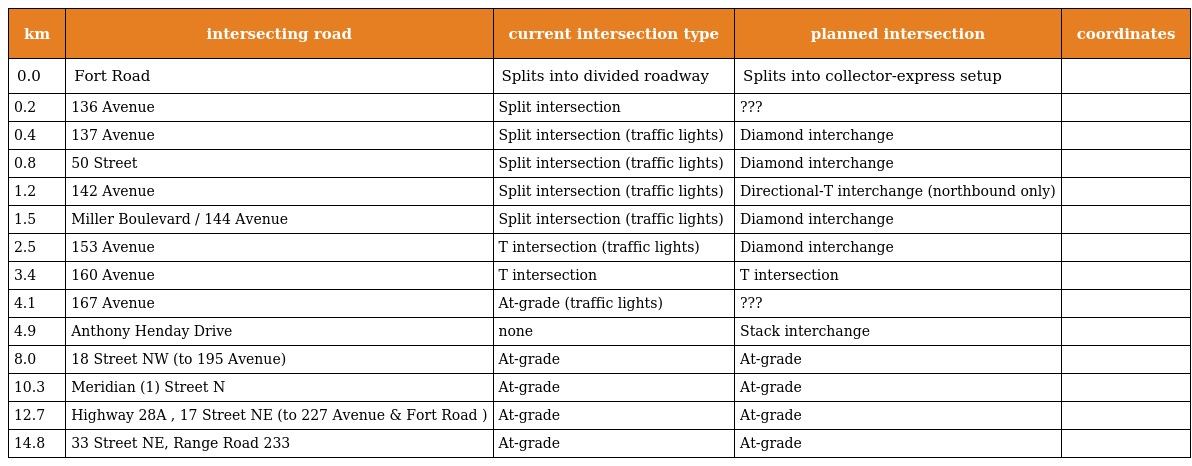
| km | intersecting road | current intersection type | planned intersection | coordinates |
 | --- | --- | --- | --- | --- |
 | 0.0 | Fort Road | Splits into divided roadway | Splits into collector-express setup |  |
 | 0.2 | 136 Avenue | Split intersection | ??? |  |
 | 0.4 | 137 Avenue | Split intersection (traffic lights) | Diamond interchange |  |
 | 0.8 | 50 Street | Split intersection (traffic lights) | Diamond interchange |  |
 | 1.2 | 142 Avenue | Split intersection (traffic lights) | Directional-T interchange (northbound only) |  |
 | 1.5 | Miller Boulevard / 144 Avenue | Split intersection (traffic lights) | Diamond interchange |  |
 | 2.5 | 153 Avenue | T intersection (traffic lights) | Diamond interchange |  |
 | 3.4 | 160 Avenue | T intersection | T intersection |  |
 | 4.1 | 167 Avenue | At-grade (traffic lights) | ??? |  |
 | 4.9 | Anthony Henday Drive | none | Stack interchange |  |
 | 8.0 | 18 Street NW (to 195 Avenue) | At-grade | At-grade |  |
 | 10.3 | Meridian (1) Street N | At-grade | At-grade |  |
 | 12.7 | Highway 28A , 17 Street NE (to 227 Avenue & Fort Road ) | At-grade | At-grade |  |
 | 14.8 | 33 Street NE, Range Road 233 | At-grade | At-grade |  |